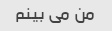
من می بینم